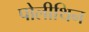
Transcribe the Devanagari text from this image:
पोलीथिन